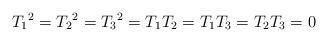
\begin{align*}{T_1}^2 = {T_2}^2 = {T_3}^2 = T_1 T_2 = T_1 T_3 = T_2 T_3 = 0\end{align*}